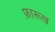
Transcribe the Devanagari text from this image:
फ़ारूख